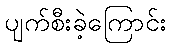
ပျက်စီးခဲ့ကြောင်း